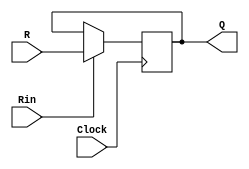
module regn
	( input [15:0] R,	//valor
		input Rin, Clock, 
		output reg [15:0] Q
	);

	initial begin
		Q = 16'b10;
	end

	always @(posedge Clock) begin
		if (Rin)
			Q <= R;
	end
endmodule

module regi
	( input [9:0] R,
		input Rin, Clock,
		output reg [9:0] Q
	);

	always @(posedge Clock) begin
		if (Rin)
			Q <= R;
	end
endmodule

module regc //o registrador 7 eh um contador de intrucoes, o famoso ponteiro de intructions
	(	input [15:0] R,
		input Rin, Clock, Clear, Prox,
		output reg [15:0] Q
	);

	initial Q = 16'b0 ;
	always @(posedge Clock) begin
		if (Rin)
			Q <= R;
		else if(Prox) Q = Q + 1'b1;
		else if(Clear) Q = 16'b0;
	end
endmodule